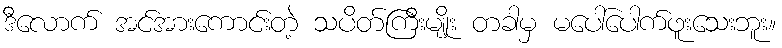
ဒီလောက် အင်အားကောင်းတဲ့ သပိတ်ကြီးမျိုး တခါမှ မပေါ်ပေါက်ဖူးသေးဘူး။